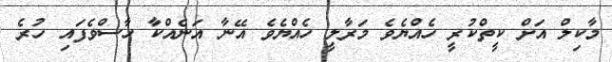
މާކިލް އަށް ކީތްކުރީ ހެއްޔެވެ މަރާލީ ހެއްޔެވެ އޭނާ އަނެއްކާ ހާސްވެފައި ހުރެ